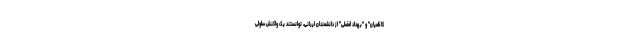
کاظمیان" و "بهداد افضلی" از دانشمندان ایرانی، توانستند یک واکنش سلولی